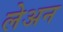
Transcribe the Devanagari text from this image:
लेअन